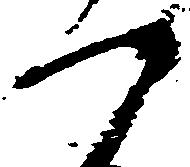
つ